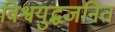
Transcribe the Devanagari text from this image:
विश्वयुद्धजनित